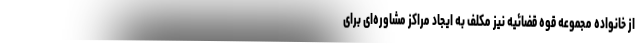
از خانواده مجموعه قوه قضائیه نیز مکلف به ایجاد مراکز مشاوره‌ای برای